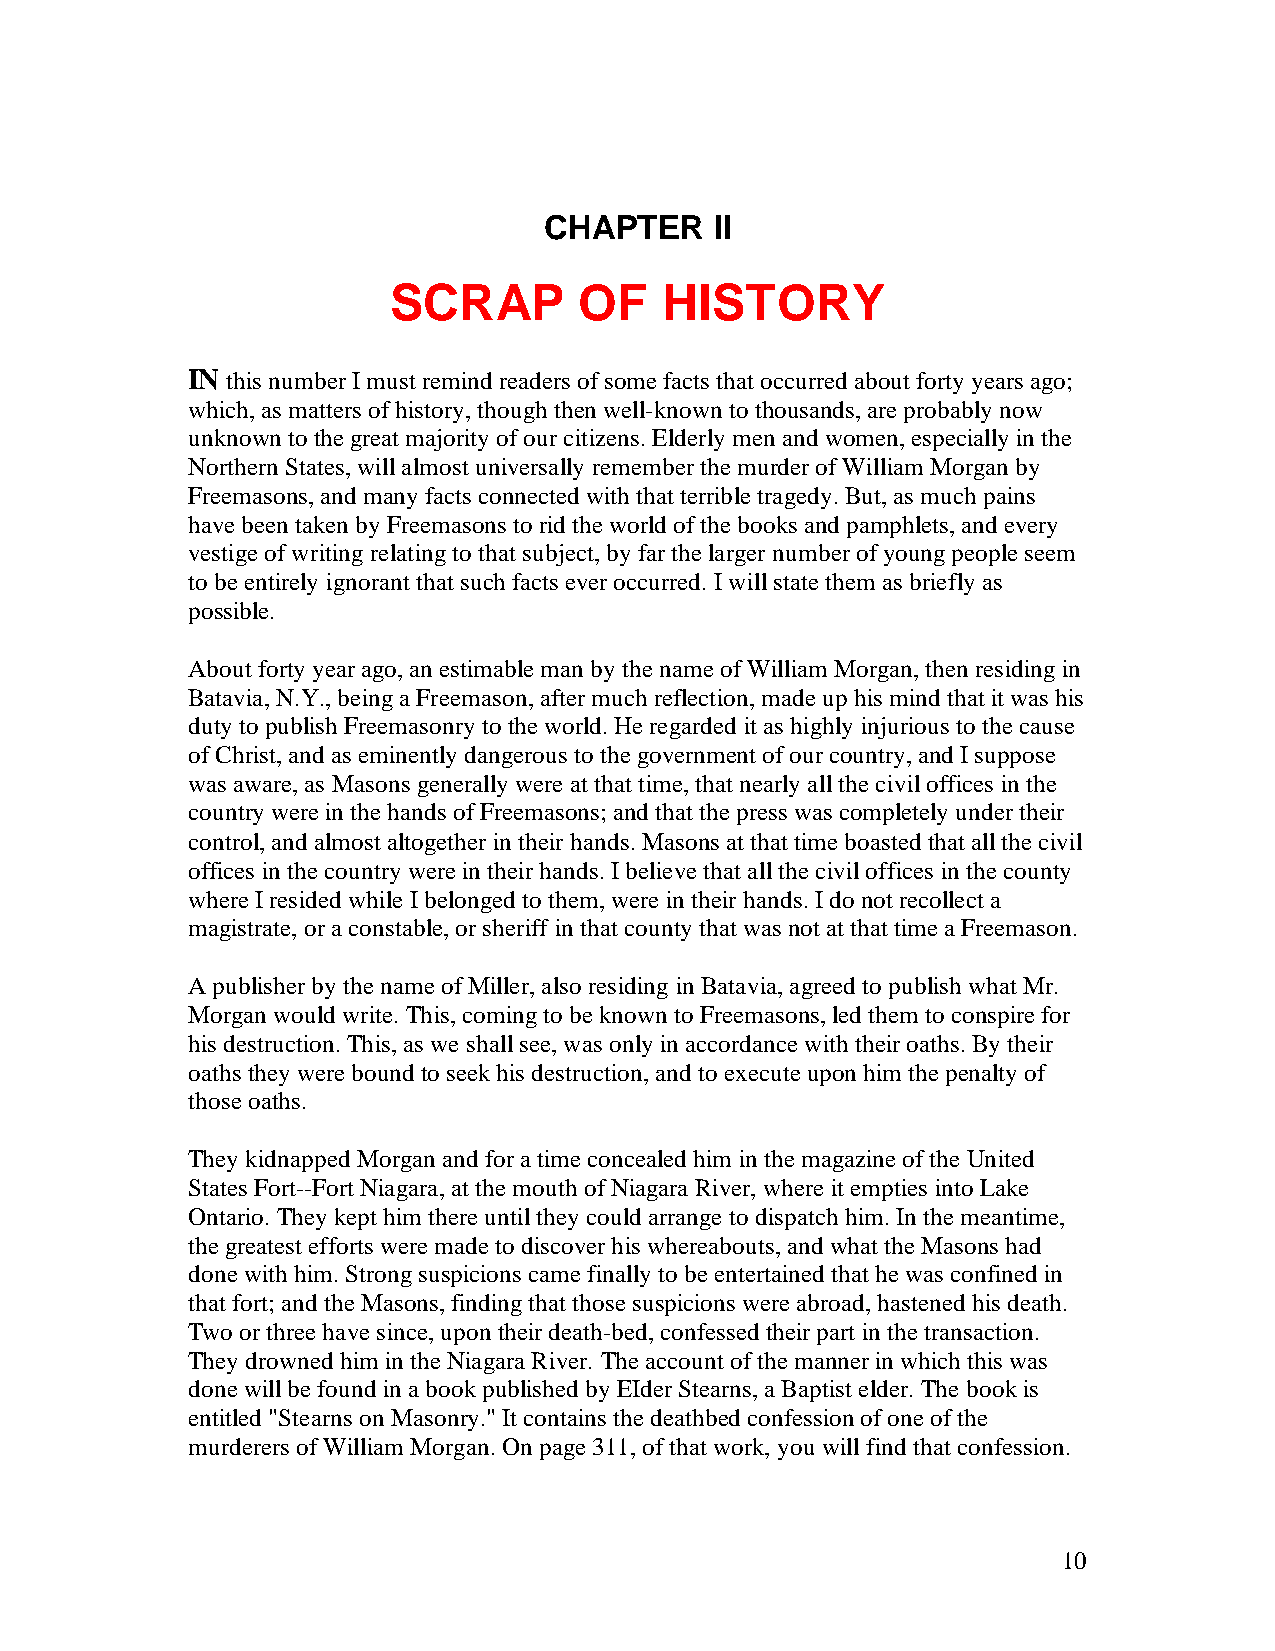
CHAPTER    II
 SCRAP       OF    HISTORY
 IN this number I must remind readers of some facts that occurred about forty years ago;
 which, as matters of history, though then well-known to thousands, are probably now
 unknown to the great majority of our citizens. Elderly men and women, especially in the
 Northern States, will almost universally remember the murder of William Morgan by
 Freemasons, and many facts connected with that terrible tragedy. But, as much pains
 have been taken by Freemasons to rid the world of the books and pamphlets, and every
 vestige of writing relating to that subject, by far the larger number of young people seem
 to be entirely ignorant that such facts ever occurred. I will state them as briefly as
 possible.
 About forty year ago, an estimable man by the name of William Morgan, then residing in
 Batavia, N.Y., being a Freemason, after much reflection, made up his mind that it was his
 duty to publish Freemasonry to the world. He regarded it as highly injurious to the cause
 of Christ, and as eminently dangerous to the government of our country, and I suppose
 was aware, as Masons generally were at that time, that nearly all the civil offices in the
 country were in the hands of Freemasons; and that the press was completely under their
 control, and almost altogether in their hands. Masons at that time boasted that all the civil
 offices in the country were in their hands. I believe that all the civil offices in the county
 where I resided while I belonged to them, were in their hands. I do not recollect a
 magistrate, or a constable, or sheriff in that county that was not at that time a Freemason.
 A publisher by the name of Miller, also residing in Batavia, agreed to publish what Mr.
 Morgan would write. This, coming to be known to Freemasons, led them to conspire for
 his destruction. This, as we shall see, was only in accordance with their oaths. By their
 oaths they were bound to seek his destruction, and to execute upon him the penalty of
 those oaths.
 They kidnapped Morgan and for a time concealed him in the magazine of the United
 States Fort--Fort Niagara, at the mouth of Niagara River, where it empties into Lake
 Ontario. They kept him there until they could arrange to dispatch him. In the meantime,
 the greatest efforts were made to discover his whereabouts, and what the Masons had
 done with him. Strong suspicions came finally to be entertained that he was confined in
 that fort; and the Masons, finding that those suspicions were abroad, hastened his death.
 Two or three have since, upon their death-bed, confessed their part in the transaction.
 They drowned him in the Niagara River. The account of the manner in which this was
 done will be found in a book published by EIder Stearns, a Baptist elder. The book is
 entitled "Stearns on Masonry." It contains the deathbed confession of one of the
 murderers of William Morgan. On page 311, of that work, you will find that confession.
 10